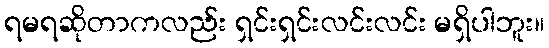
ရမရဆိုတာကလည်း ရှင်းရှင်းလင်းလင်း မရှိပါဘူး။